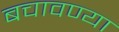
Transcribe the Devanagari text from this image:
बचावण्या